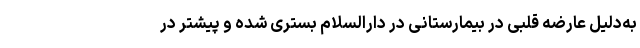
به‌دلیل عارضه قلبی در بیمارستانی در دارالسلام بستری شده و پیشتر در